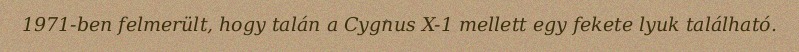
1971-ben felmerült, hogy talán a Cygnus X-1 mellett egy fekete lyuk található.